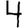
Digit: 4